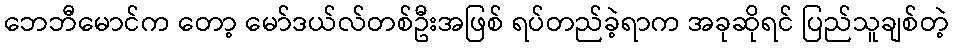
ဘေဘီမောင်က တော့ မော်ဒယ်လ်တစ်ဦးအဖြစ် ရပ်တည်ခဲ့ရာက အခုဆိုရင် ပြည်သူချစ်တဲ့